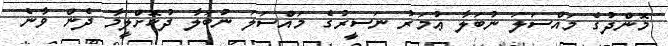
މޮންދުގެ މައްސަލަ ނުބަލާ ޢުމަރު ނަސީރުގެ މައްސަލަ ނުބަލާ ދުކޮށްލީމާ ދެން ވާނެ